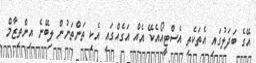
އޭގެ ބަދަލުގައި އެތަކެތި އެސްޓީއޯއެކޭ އެއް އަގެއްގައި އެކި ތަންތަނުން ލިބޭނެ އިންތިޒާމް